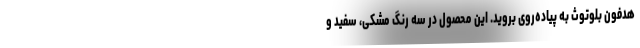
هدفون بلوتوث به پیاده‌روی بروید. این محصول در سه رنگ مشکی، سفید و